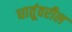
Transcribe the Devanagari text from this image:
धातूंवरील